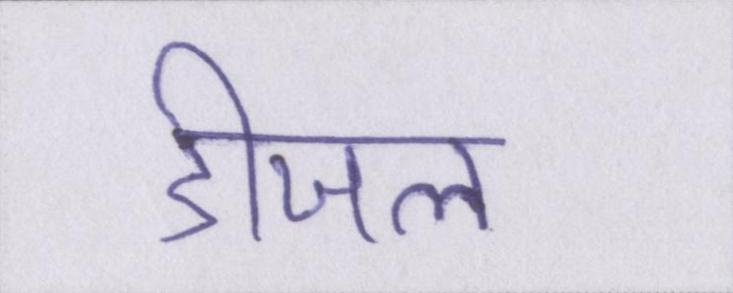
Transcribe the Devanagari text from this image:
डीजल